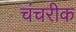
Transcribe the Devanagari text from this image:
चंचरीक